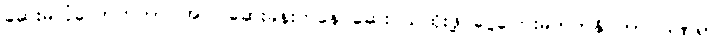
ဆေးမလုံလောက်တာ၊ အပြင်ဆေးခန်းကနေ ဆေးဝယ်ထိုးဖို့ ငွေကြေးမတတ်နိုင်တာ၊ ဒဏ်ရာ